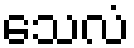
သေလံ